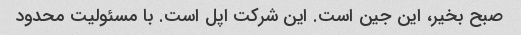
صبح بخیر، این جین است. این شرکت اپل است. با مسئولیت محدود